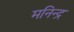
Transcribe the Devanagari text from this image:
मनिन्द्र